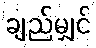
ချည်မျှင်